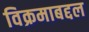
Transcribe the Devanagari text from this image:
विक्रमाबद्दल